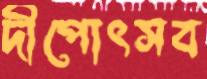
দীপোৎসব